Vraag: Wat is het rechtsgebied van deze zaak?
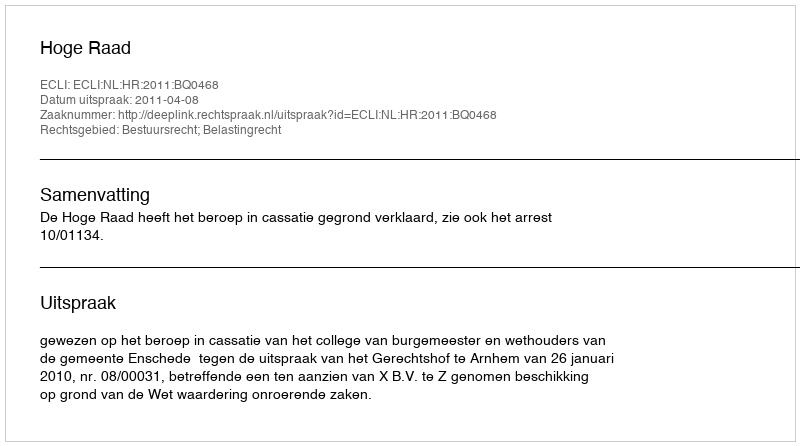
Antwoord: Bestuursrecht; Belastingrecht